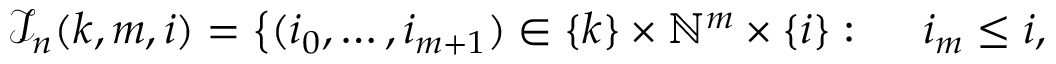
\begin{array} { r l } { \mathcal { I } _ { n } ( k , m , i ) = \big \{ ( i _ { 0 } , \dots , i _ { m + 1 } ) \in \{ k \} \times \mathbb { N } ^ { m } \times \{ i \} : \; \; } & { { } i _ { m } \leq i , } \end{array}